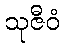
သုဇီဝံ